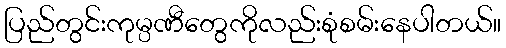
ပြည်တွင်းကုမ္ပဏီတွေကိုလည်းစုံစမ်းနေပါတယ်။